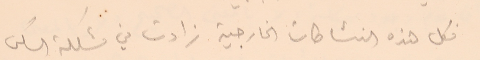
فكل هذه النشاطات الخارجية زادت في مشكلة السكن